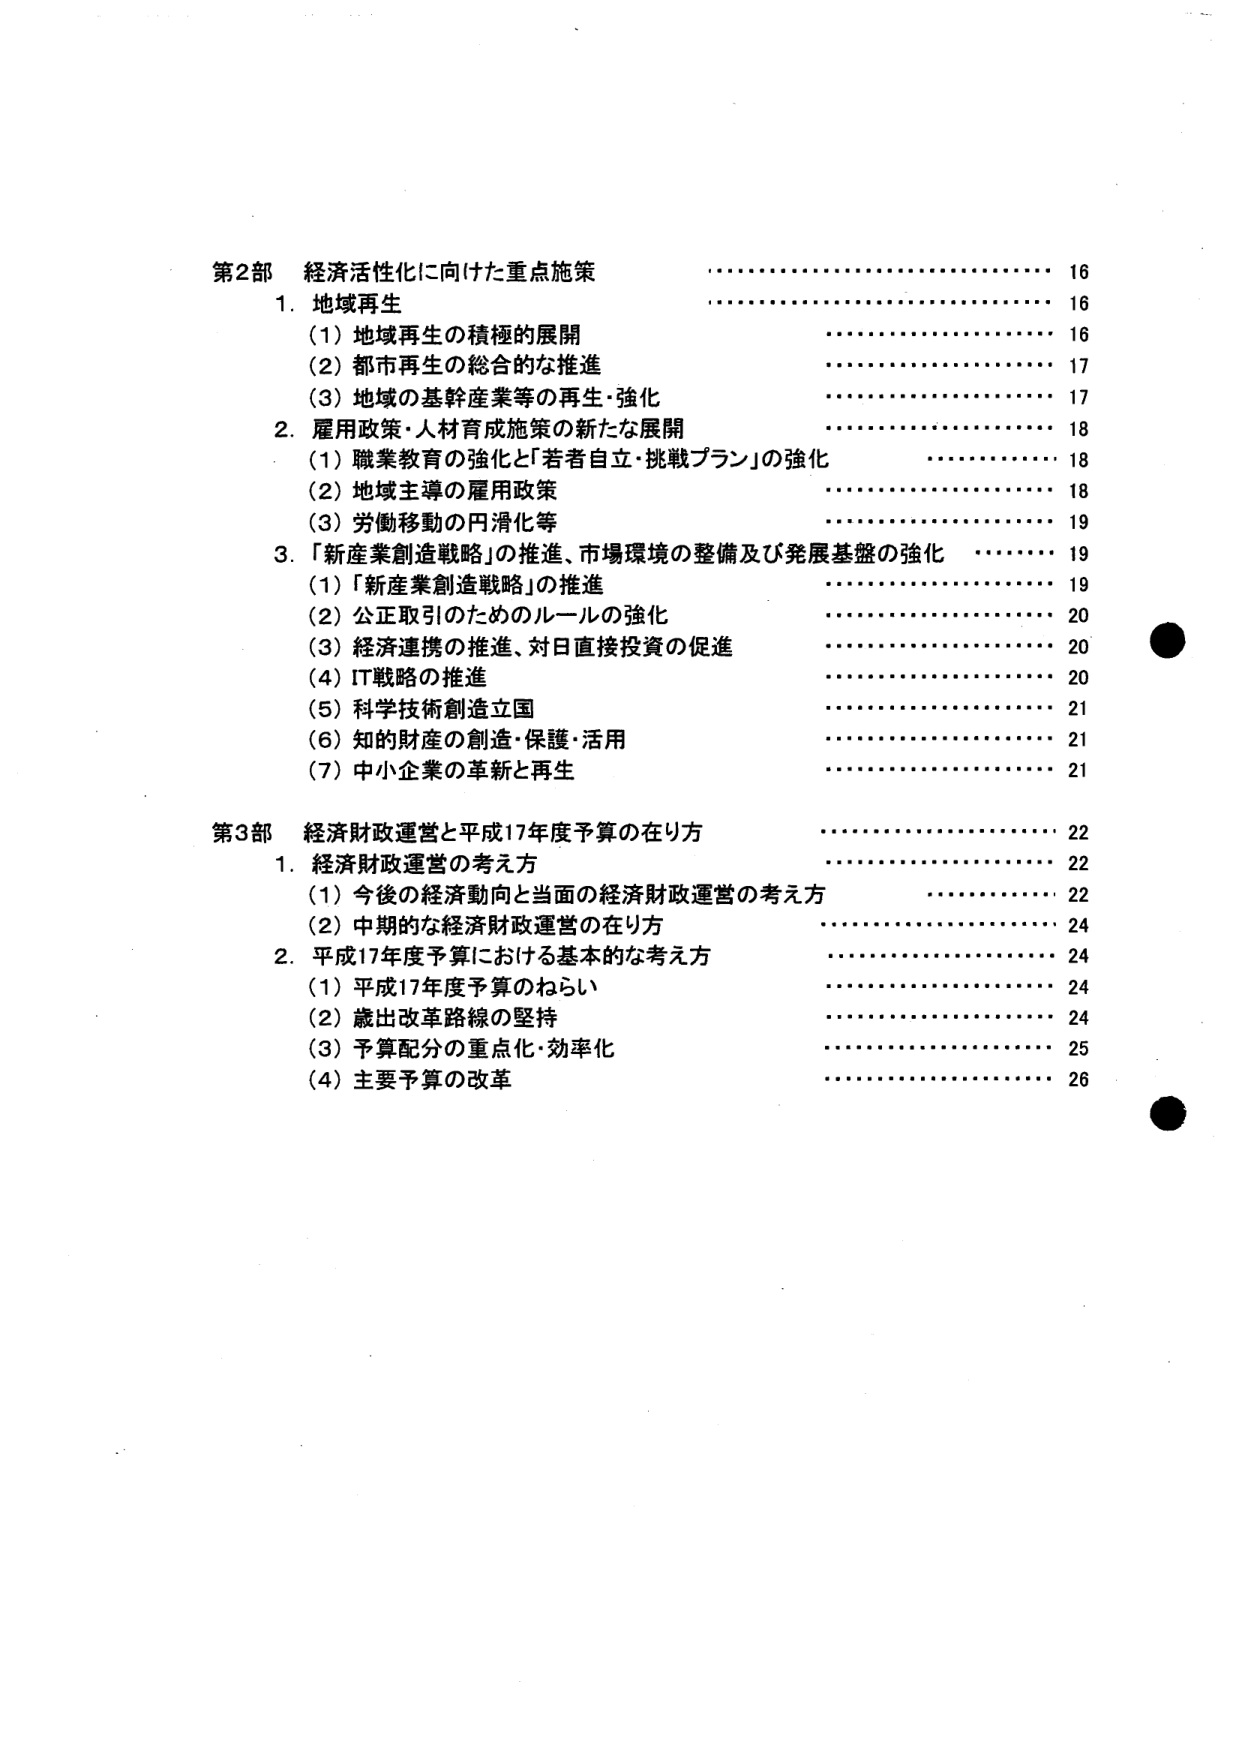
第2部 経済活性化に向けた重点施策 16
1. 地域再生 16
　(1) 地域再生の積極的展開 16
　(2) 都市再生の総合的な推進 17
　(3) 地域の基幹産業等の再生・強化 17
2. 雇用政策・人材育成施策の新たな展開 18
　(1) 職業教育の強化と「若者自立・挑戦プラン」の強化 18
　(2) 地域主導の雇用政策 18
　(3) 労働移動の円滑化等 19
3. 「新産業創造戦略」の推進、市場環境の整備及び発展基盤の強化 19
　(1) 「新産業創造戦略」の推進 19
　(2) 公正取引のためのルールの強化 20
　(3) 経済連携の推進、対日直接投資の促進 20
　(4) IT戦略の推進 20
　(5) 科学技術創造立国 21
　(6) 知的財産の創造・保護・活用 21
　(7) 中小企業の革新と再生 21
第3部 経済財政運営と平成17年度予算の在り方 22
1. 経済財政運営の考え方 22
　(1) 今後の経済動向と当面の経済財政運営の考え方 22
　(2) 中期的な経済財政運営の在り方 24
2. 平成17年度予算における基本的な考え方 24
　(1) 平成17年度予算のねらい 24
　(2) 歳出改革路線の堅持 24
　(3) 予算配分の重点化・効率化 25
　(4) 主要予算の改革 26